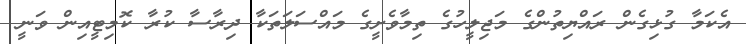
އެކަމާ ގުޅިގެން ރައްޔިތުންގެ މަޖިލީހުގެ ތިމާވެށީގެ މައްސަލަތަކާ ދިރާސާ ކުރާ ކޮމިޓީއިން ވަނީ